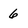
Character: 6